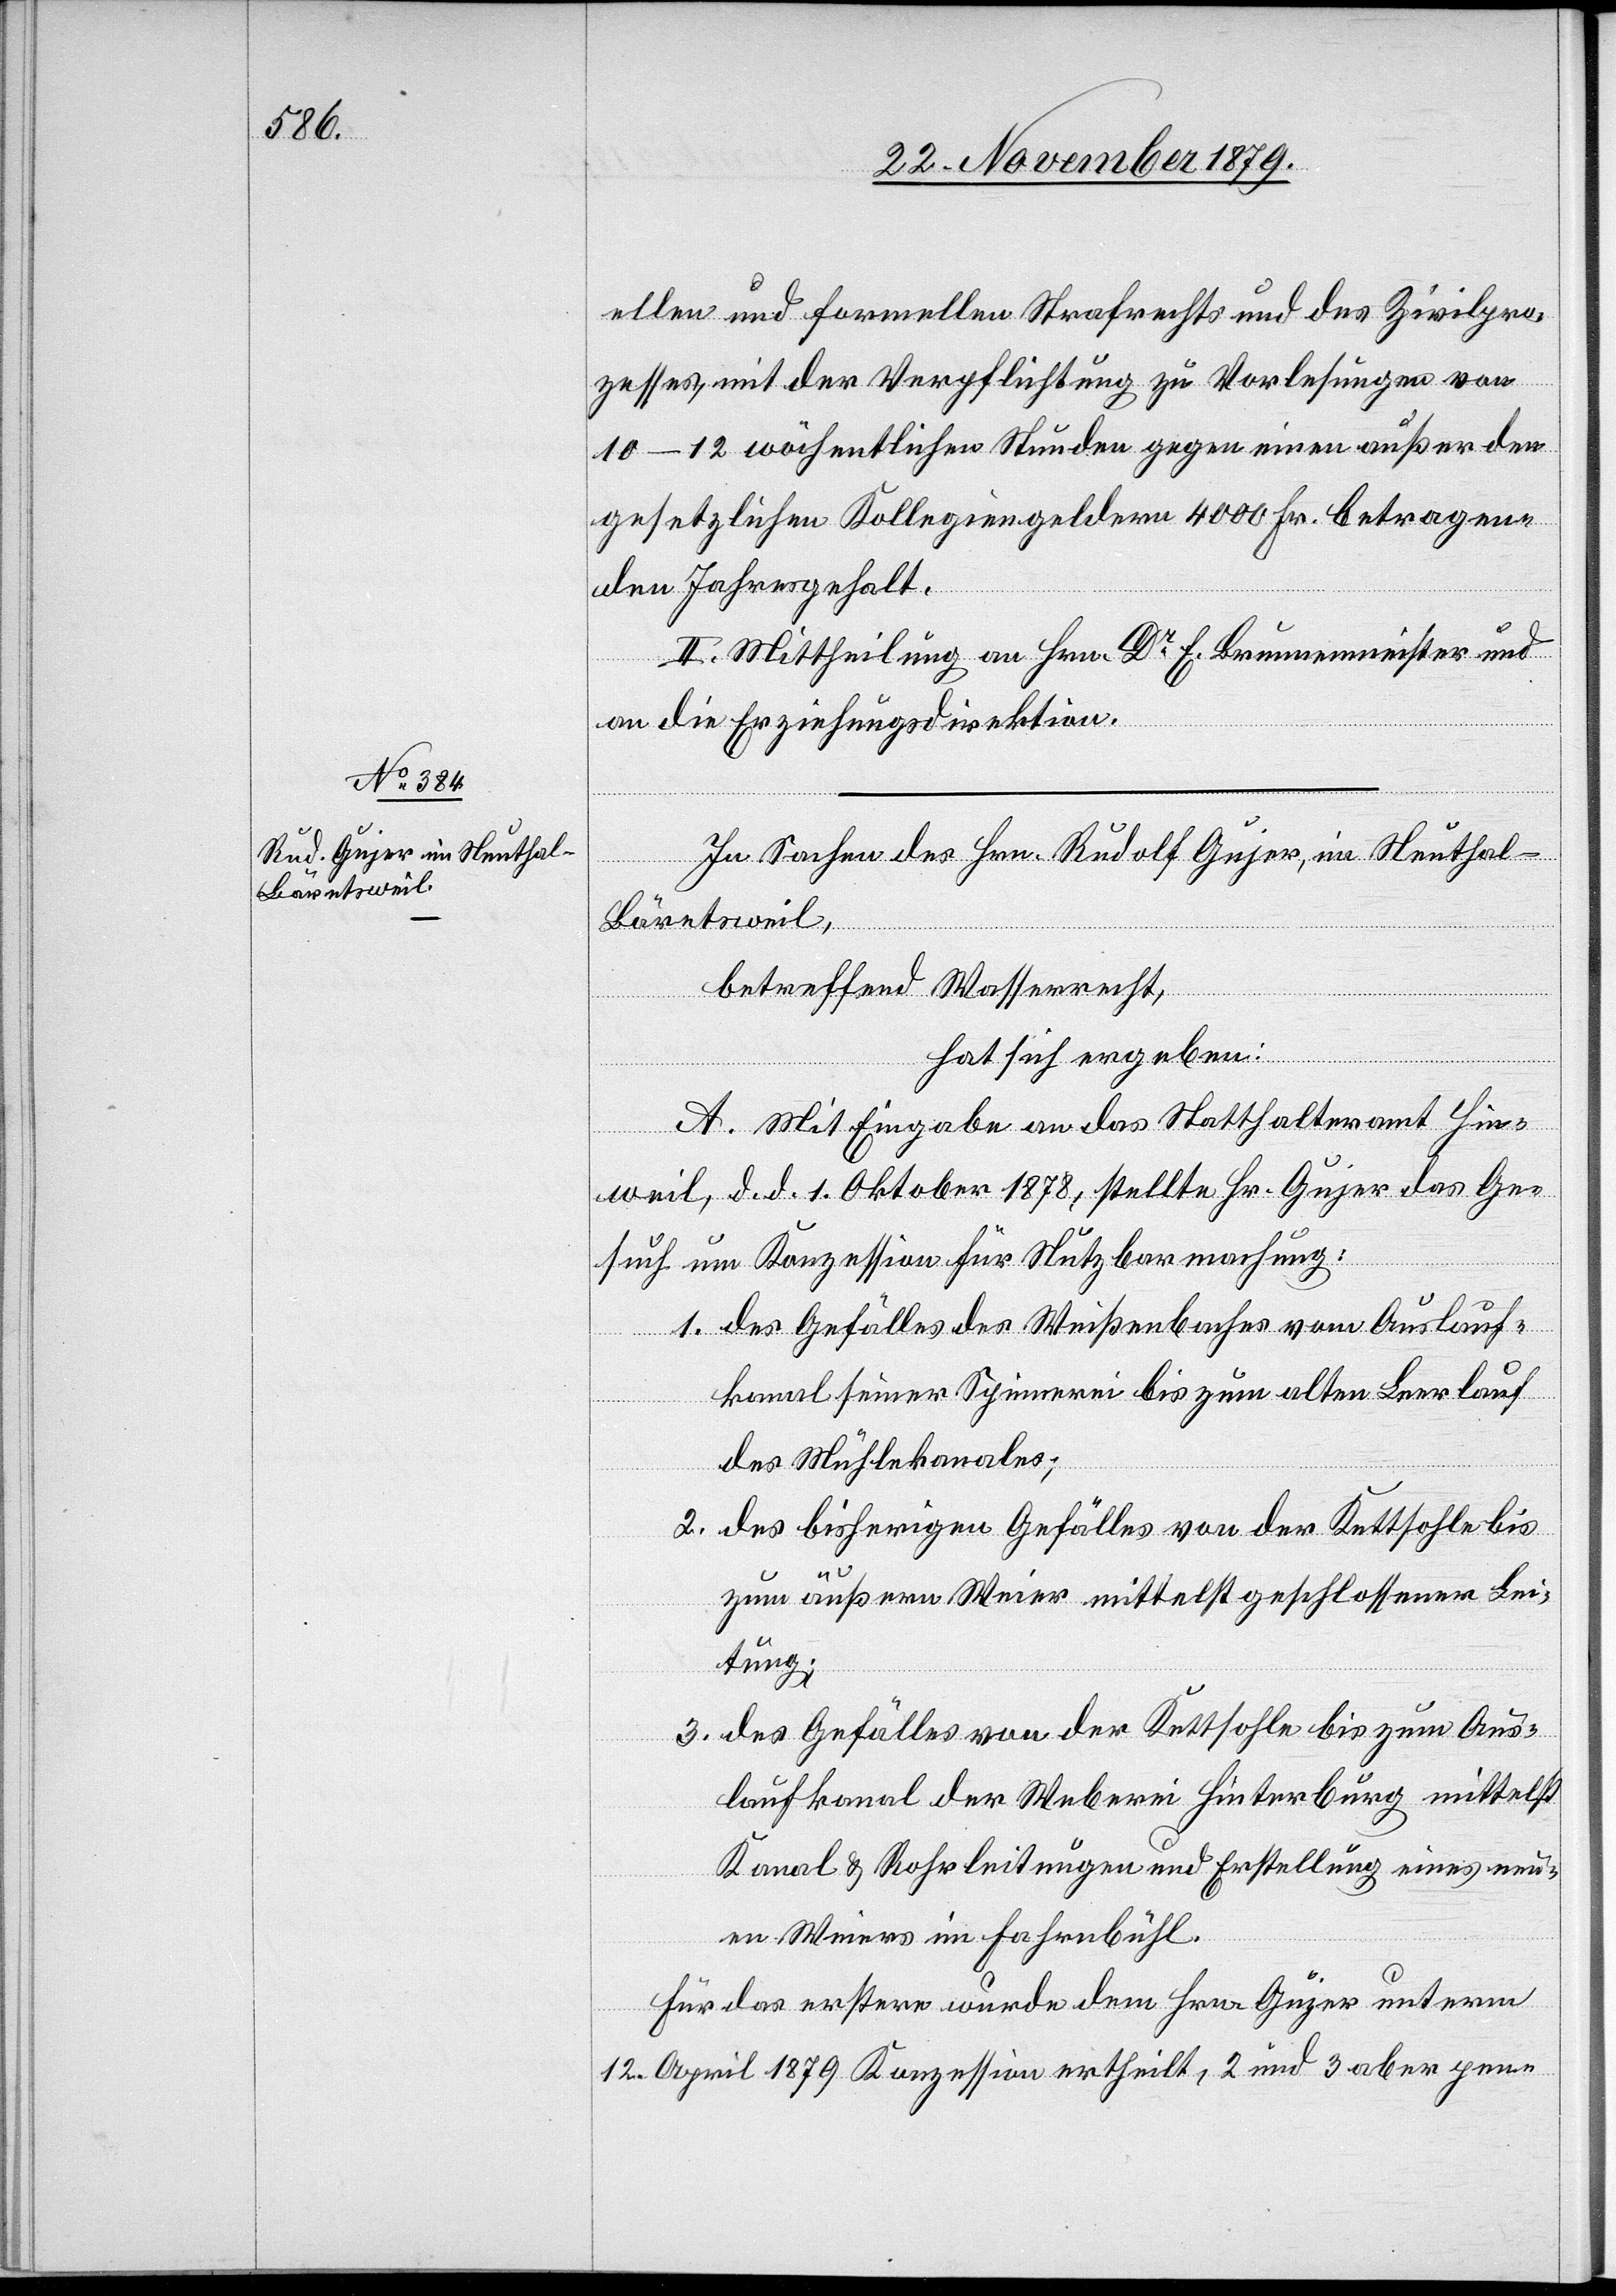
ellen und formellen Strafrechts und des Zivilpro¬
zesses, mit der Verpflichtung zu Vorlesungen von
10–12 wöchentlichen Stunden gegen einen außer den
gesetzlichen Kollegiengeldern 4000 Fr. betragen¬
den Jahresgehalt.
II. Mittheilung an Hrn. Dr E. Brunnenmeister und
an die Erziehungsdirektion.
In Sachen des Hrn. Rudolf Gujer, im Neuthal -
Bäretsweil,
betreffend Wasserrecht,
hat sich ergeben:
A. Mit Eingabe an das Statthalteramt Hin¬
weil, d. d. 1. Oktober 1878, stellte Hr. Gujer das Ge¬
such um Konzession für Nutzbarmachung:
1. des Gefälles des Weißenbaches vom Auslauf¬
kanal seiner Spinnerei bis zum alten Leerlauf
des Mühlekanales.
2. des bisherigen Gefälles von der Kettsohle bis
zum äußern Weier mittelst geschlossener Lei¬
tung.
3. des Gefälles von der Kettsohle bis zum Aus¬
laufkanal der Weberei Hinterburg mittelst
Kanal & Rohrleitungen und Erstellung eines neu¬
en Weiers im Fahrenbühl.
Für das erstere wurde dem Hrn. Gujer unterm
12. April 1879 Konzession ertheilt, 2 und 3 aber pen-